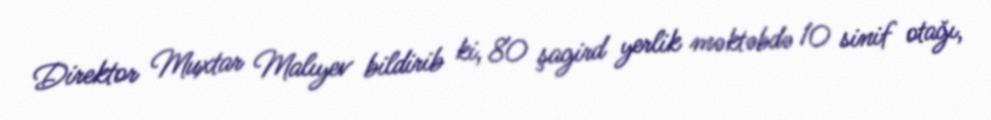
Direktor Muxtar Malıyev bildirib ki, 80 şagird yerlik məktəbdə 10 sinif otağı,